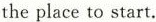
the place to start.